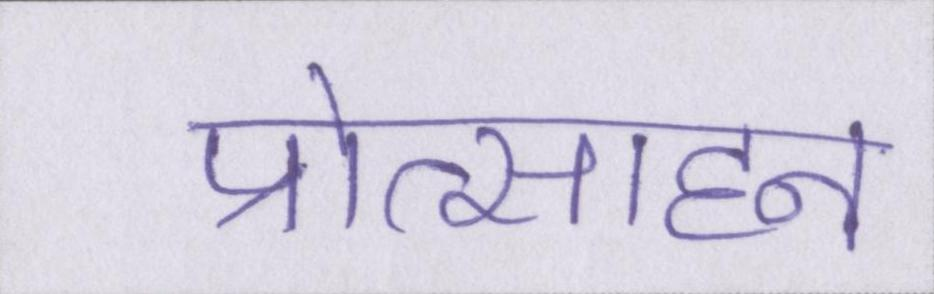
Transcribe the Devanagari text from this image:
प्रोत्साहन